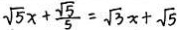
\sqrt { 5 } x + \frac { \sqrt { 5 } } { 5 } = \sqrt { 3 } x + \sqrt { 5 }